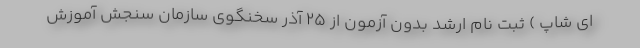
ای شاپ ) ثبت نام ارشد بدون آزمون از ۲۵ آذر سخنگوی سازمان سنجش آموزش